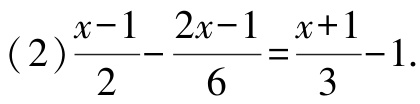
(2)$\frac{x - 1}{2} - \frac{2x - 1}{6} = \frac{x + 1}{3} - 1$.